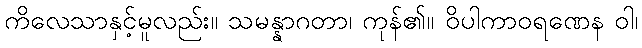
ကိလေသာနှင့်မူလည်း။ သမန္နာဂတာ၊ ကုန်၏။ ဝိပါကာဝရဏေန ဝါ၊